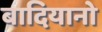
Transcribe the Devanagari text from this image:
बादियानो